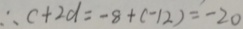
\therefore c + 2 b = - 8 + ( - 1 2 ) = - 2 0